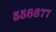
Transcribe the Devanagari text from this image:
५५६६७७